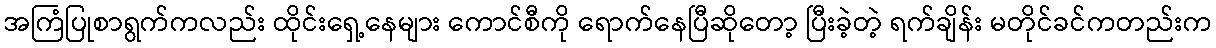
အကြံပြုစာရွက်ကလည်း ထိုင်းရှေ့နေများ ကောင်စီကို ရောက်နေပြီဆိုတော့ ပြီးခဲ့တဲ့ ရက်ချိန်း မတိုင်ခင်ကတည်းက